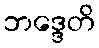
ဘဒ္ဒေတိ